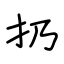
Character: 扔